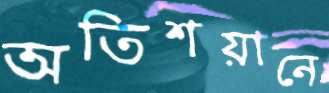
অতিশয়ানে